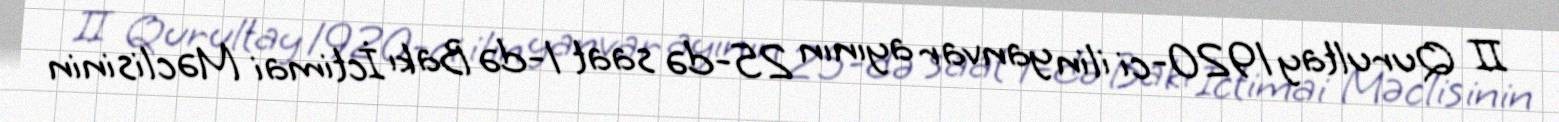
II Qurultay 1920-ci ilin yanvar ayının 25-də saat 1-də Bakı İctimai Məclisinin